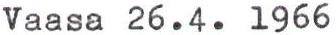
Vaasa 26.4. 1966